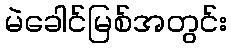
မဲခေါင်မြစ်အတွင်း